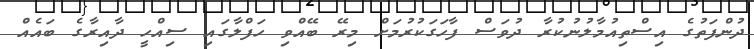
ދުންފަތުގެ އިސްތިއުމާލުނުކުރާ ދުވަސް ފާހަގަކުރުމަށް މިރޭ ބޭއްވި ހަފްލާގައި ސިއްހީ ދާއިރާގެ ބައެއް